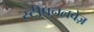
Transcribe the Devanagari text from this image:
स्टीपनलचेज़